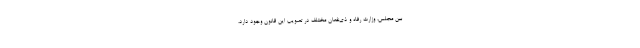
بین مجلس، وزارت رفاه و ذی‌نفعان مختلف در تصویب این قانون وجود دارد،